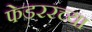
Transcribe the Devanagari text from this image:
फेडररच्या